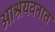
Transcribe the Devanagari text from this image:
आश्रयवनात